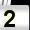
Digit: 2